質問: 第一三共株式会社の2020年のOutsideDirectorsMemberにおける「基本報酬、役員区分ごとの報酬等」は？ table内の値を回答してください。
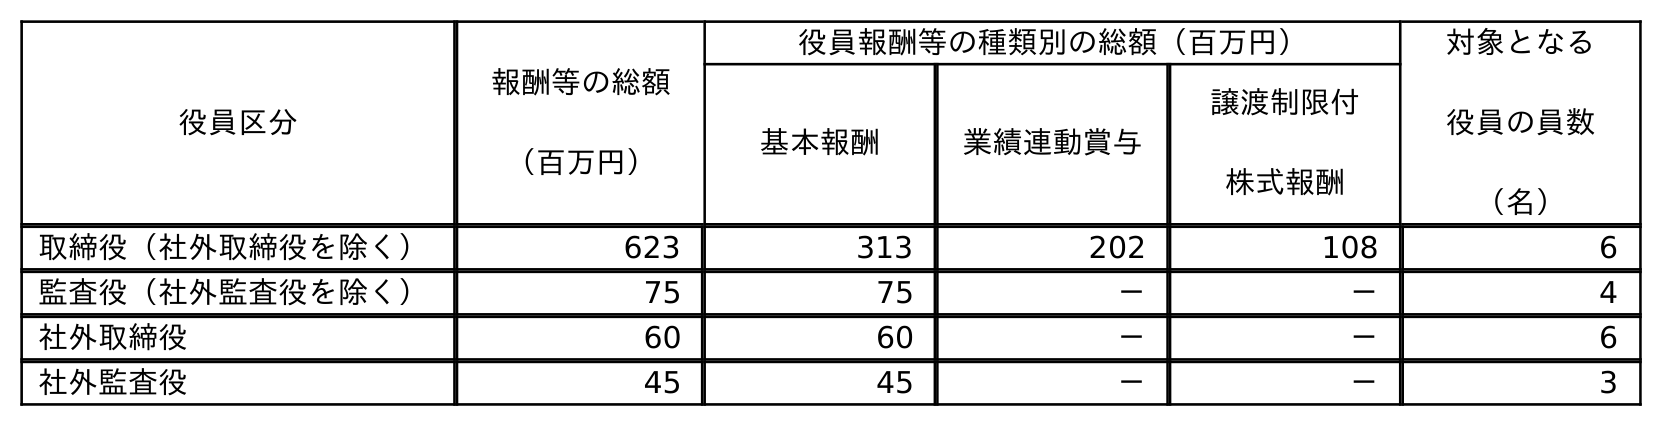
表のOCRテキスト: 役員区分 報酬等の総額 （百万円） 役員報酬等の種類別の総額（百万円） 対象となる 役員の員数 （名） 基本報酬 業績連動賞与 譲渡制限付 株式報酬 取締役（社外取締役を除く） 623 313 202 108 6 監査役（社外監査役を除く） 75 75 － － 4 社外取締役 60 60 － － 6 社外監査役 45 45 － － 3
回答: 60